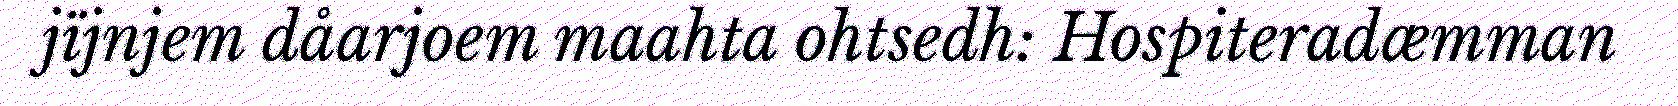
jïjnjem dåarjoem maahta ohtsedh: Hospiteradæmman